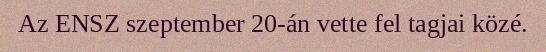
Az ENSZ szeptember 20-án vette fel tagjai közé.